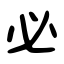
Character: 必